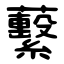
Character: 蘻